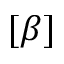
[ \beta ]